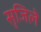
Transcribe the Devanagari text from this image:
सृजिले